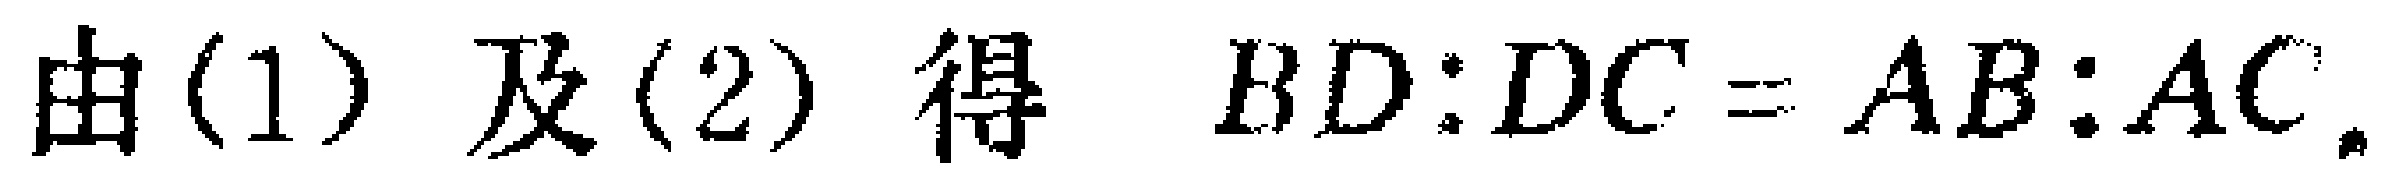
由(1) 及(2) 得 \(BD:DC = AB:AC\).